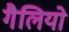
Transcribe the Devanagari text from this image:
गैलियो